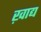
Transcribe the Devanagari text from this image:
ख़ाद्य